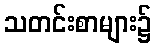
သတင်းစာများ၌